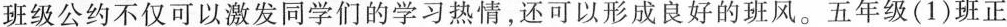
班级公约不仅可以激发同学们的学习热情，还可以形成良好的班风。五年级(1)班正